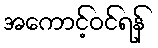
အကောင့်ဝင်ရန်